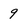
Character: 9